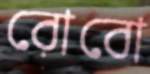
রোবো